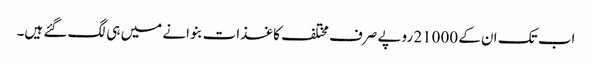
اب تک ان کے 21000 روپے صرف مختلف کاغذات بنوانے میں ہی لگ گئے ہیں۔